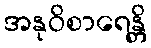
အနုဝိစာရေန္တိ